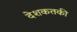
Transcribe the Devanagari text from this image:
देशकतकी